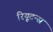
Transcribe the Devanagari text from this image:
रियूटन्स